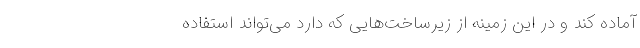
آماده کند و در این زمینه از زیرساخت‌هایی که دارد می‌تواند استفاده